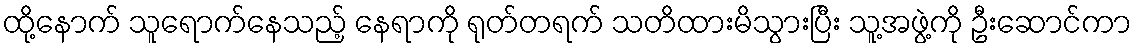
ထို့နောက် သူရောက်နေသည့် နေရာကို ရုတ်တရက် သတိထားမိသွားပြီး သူ့အဖွဲ့ကို ဦးဆောင်ကာ